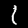
Label: 1